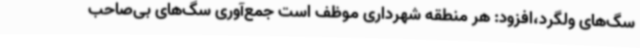
سگ‌های ولگرد،افزود: هر منطقه شهرداری موظف است جمع‌آوری سگ‌های بی‌صاحب